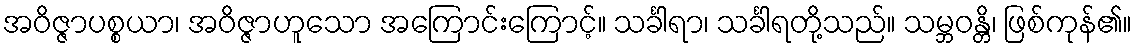
အဝိဇ္ဇာပစ္စယာ၊ အဝိဇ္ဇာဟူသော အကြောင်းကြောင့်။ သင်္ခါရာ၊ သင်္ခါရတို့သည်။ သမ္ဘဝန္တိ၊ ဖြစ်ကုန်၏။